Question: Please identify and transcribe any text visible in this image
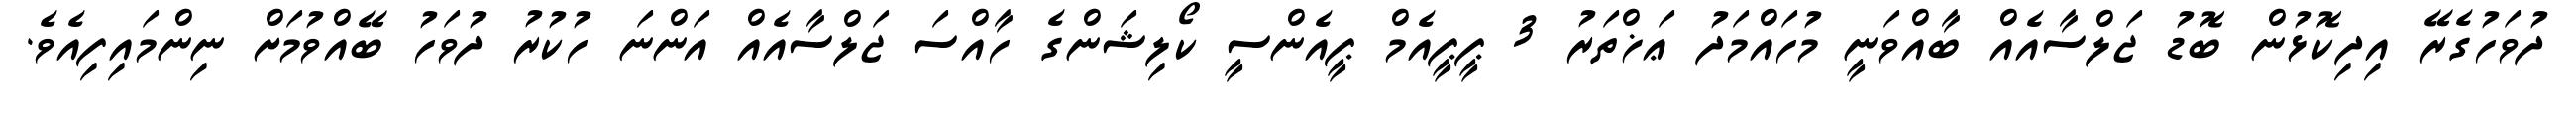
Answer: ދުވަހުގެރޭ އިދިކޮޅުން ބޮޑު ޖަލްސާއެއް ބާއްވަނީ މުހައްމަދު ޢަޚްތަރު 3 ޕީޕީއެމް ޕީއެންސީ ކޯލިޝަންގެ ހާއްސަ ޖަލްސާއެއް އަންނަ ހުކުރު ދުވަހު ބޭއްވުމަށް ނިންމައިފިއެވެ.